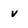
Character: v